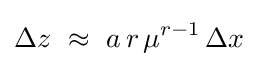
\Delta z\,\,\approx \,\,a\,r\,\mu ^{r-1}\,\Delta x